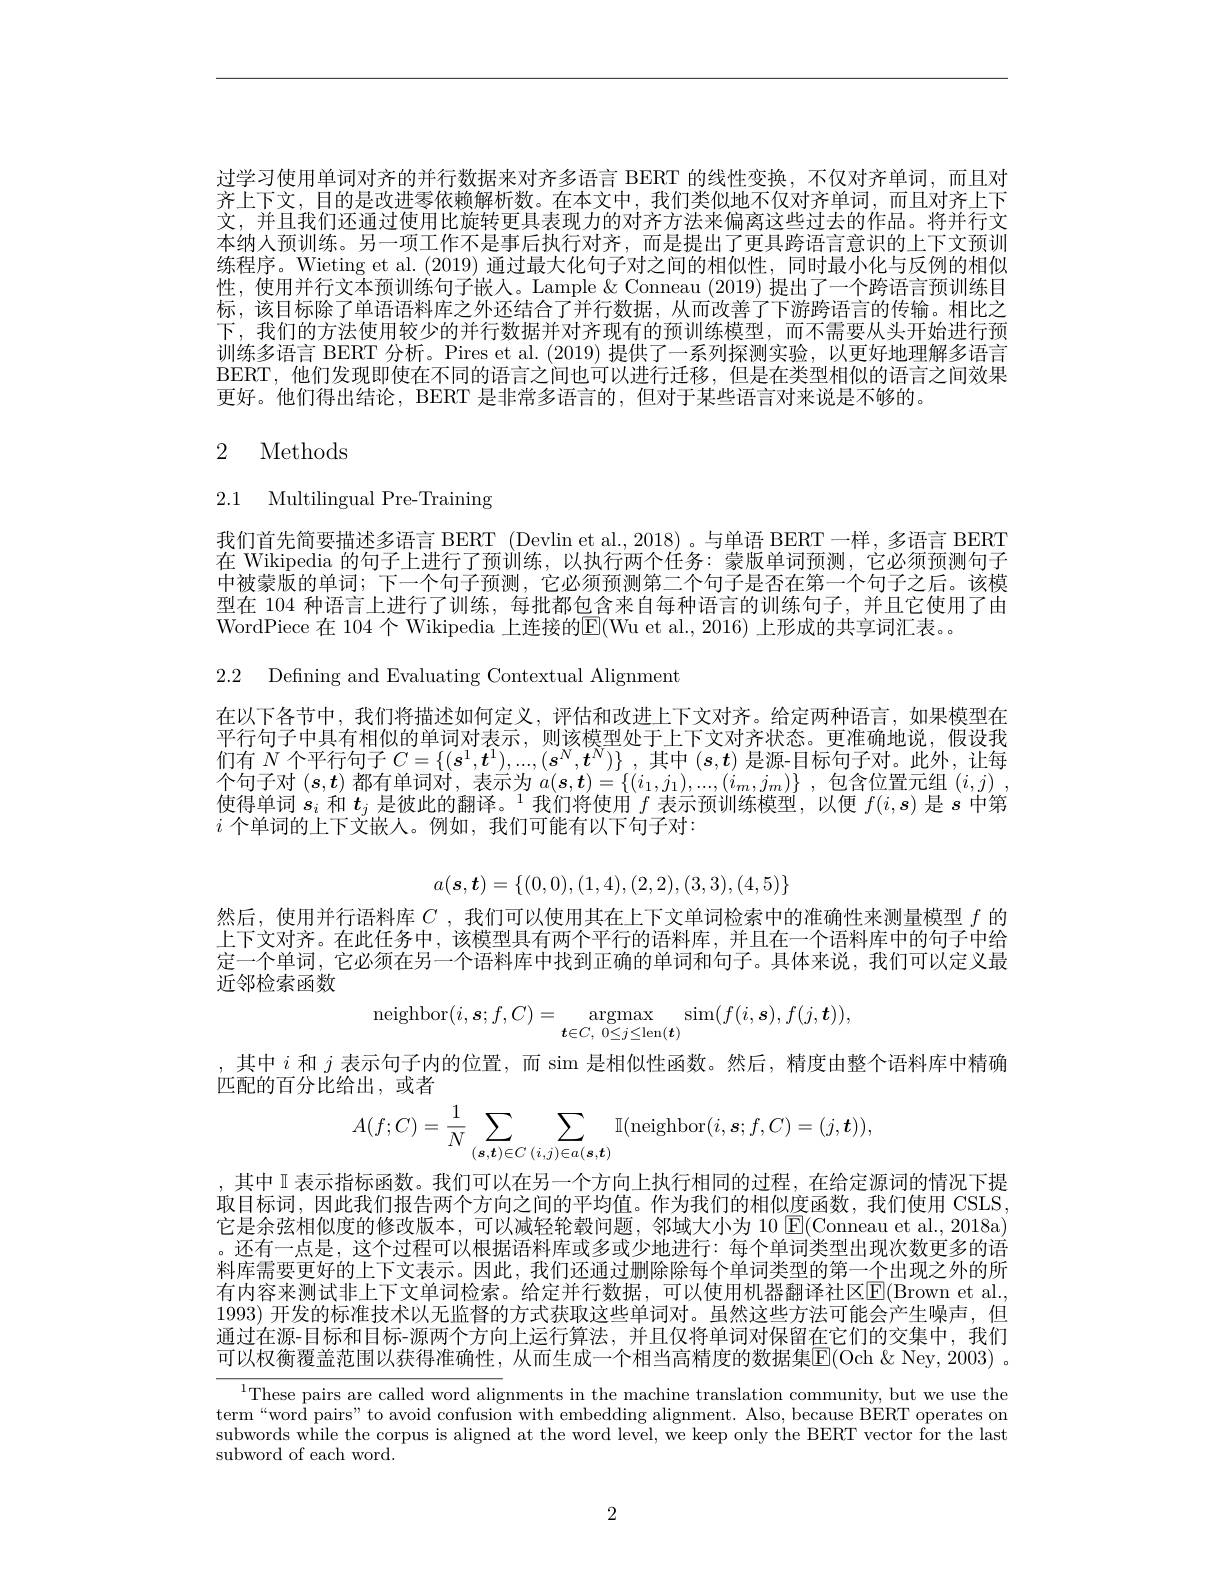
过学习使用单词对齐的并行数据来对齐多语言 BERT 的线性变换，不仅对齐单词，而且对齐上下文，目的是改进零依赖解析数。在本文中，我们类似地不仅对齐单词，而且对齐上下文，并且我们还通过使用比旋转更具表现力的对齐方法来偏离这些过去的作品。将并行文本纳人预训练。另一项工作不是事后执行对齐，而是提出了更具跨语言意识的上下文预训练程序。Wieting et al. (2019) 通过最大化句子对之间的相似性，同时最小化与反例的相似性，使用并行文本预训练句子嵌入。Lample & Conneau (2019) 提出了一个跨语言预训练目标，该目标除了单语语料库之外还结合了并行数据，从而改善了下游跨语言的传输。相比之下，我们的方法使用较少的并行数据并对齐现有的预训练模型，而不需要从头开始进行预训练多语言 BERT 分析。Pires et al.(2019) 提供了一系列探测实验，以更好地理解多语言BERT,他们发现即使在不同的语言之间也可以进行迁移，但是在类型相似的语言之间效果更好。他们得出结论，BERT 是非常多语言的，但对于某些语言对来说是不够的。

# 2 Methods

# 2.1 Multilingual Pre-Training

我们首先简要描述多语言 BERT (Devlin et al.,2018)。与单语 BERT一样，多语言 BERT 在 Wikipedia 的句子上进行了预训练，以执行两个任务：蒙版单词预测，它必须预测句子中被蒙版的单词；下一个句子预测，它必须预测第二个句子是否在第一个句子之后。该模型在 104 种语言上进行了训练，每批都包含来自每种语言的训练句子，并且它使用了由WordPiece 在 104 个 Wikipedia 上连接的$\overline{\mathrm{E}}($Wu et al., 2016) 上形成的共享词汇表。

2.2 Defining and Evaluating Contextual Alignment

在以下各节中，我们将描述如何定义，评估和改进上下文对齐。给定两种语言，如果模型在平行句子中具有相似的单词对表示，则该模型处于上下文对齐状态。更准确地说，假设我们有$N$个平行句子$C=\{(s^1,\boldsymbol{t}^1),...,(s^N,\boldsymbol{t}^N)\}$ ,其中$(s,\boldsymbol{t})$是源-目标句子对。此外，让每个句子对$(s,t)$都有单词对 , 表示为$a(\boldsymbol{s},\boldsymbol{t})=\left\{(i_1,j_1),...,(i_m,j_m)\right\}$,包含位置元组$(i,j)$, 使得单词$s_i$和$t_j$是彼此的翻译。$^1$我们将使用$f$表示预训练模型，以便$f(i,\boldsymbol{s})$是$s$中第$i$个单词的上下文嵌人。例如，我们可能有以下句子对：
$$a(\boldsymbol{s},\boldsymbol{t})=\{(0,0),(1,4),(2,2),(3,3),(4,5)\}$$
然后，使用并行语料库$C$ ,我们可以使用其在上下文单词检索中的准确性来测量模型$f$的上下文对齐。在此任务中，该模型具有两个平行的语料库，并且在一个语料库中的句子中给定一个单词，它必须在另一个语料库中找到正确的单词和句子。具体来说，我们可以定义最近邻检索函数
$$\mathrm{neighbor}(i,\boldsymbol{s};f,C)=\underset{\boldsymbol{t}\in C,\:0\leq j\leq\mathrm{len}(\boldsymbol{t})}{\operatorname*{argmax}}\mathrm{sim}(f(i,\boldsymbol{s}),f(j,\boldsymbol{t})),$$
,其中$i$和$j$表示句子内的位置，而 sim 是相似性函数。然后，精度由整个语料库中精确
匹配的百分比给出，或者
$$A(f;C)=\dfrac{1}{N}\sum\limits_{(\boldsymbol{s},\boldsymbol{t})\in C}\sum\limits_{(i,j)\in a(\boldsymbol{s},\boldsymbol{t})}\mathbb{I}(\text{neighbor}(i,\boldsymbol{s};f,C)=(j,\boldsymbol{t})),$$
,其中 I 表示指标函数。我们可以在另一个方向上执行相同的过程，在给定源词的情况下提取目标词，因此我们报告两个方向之间的平均值。作为我们的相似度函数，我们使用 CSLS. 它是余弦相似度的修改版本，可以减轻轮毂问题，邻域大小为 10 $\operatorname{E}($Conneau et al., 2018a) 。还有一点是，这个过程可以根据语料库或多或少地进行：每个单词类型出现次数更多的语料库需要更好的上下文表示。因此，我们还通过删除除每个单词类型的第一个出现之外的所有内容来测试非上下文单词检索。给定并行数据，可以使用机器翻译社区E(Brown et al. , 1993) 开发的标准技术以无监督的方式获取这些单词对。虽然这些方法可能会产生噪声，但通过在源-目标和目标-源两个方向上运行算法，并且仅将单词对保留在它们的交集中，我们可以权衡覆盖范围以获得准确性，从而生成一个相当高精度的数据集E(Och &Ney, 2003) 。

$^{1}$These pairs are called word alignments in the machine translation community, but we use the term“word pairs”to avoid confusion with embedding alignment. Also, because BERT operates on subwords while the corpus is aligned at the word level, we keep only the BERT vector for the last subword of each word.

2